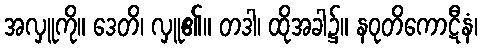
အလှူကို။ ဒေတိ၊ လှူ၏။ တဒါ၊ ထိုအခါ၌။ နဝုတိကောဋီနံ၊